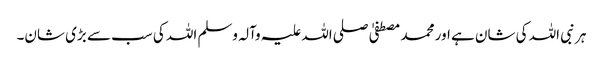
ہر نبی اللہ کی شان ہے اور محمد مصطفیٰ صلی اللہ علیہ وآلہ وسلم اللہ کی سب سے بڑی شان۔